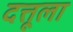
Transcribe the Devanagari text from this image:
दत्तूला